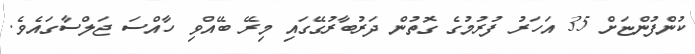
ކުންފުންޏަށް 35 އަހަރު ފުރުމުގެ ގޮތުން ދަރުބާރުގޭގައި މިރޭ ބޭއްވި ހާއްސަ ޖަލްސާގައެވެ.